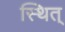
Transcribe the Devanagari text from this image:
स्थित्